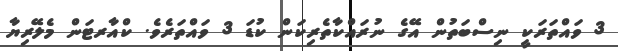
3 ވައްތަރަކީ ނިސްބަތުން އޭގެ ނުރައްކާތެރިކަން ކުޑަ 3 ވައްތަރެވެ. ކްއާރޓަން މެލޭރިޔާ